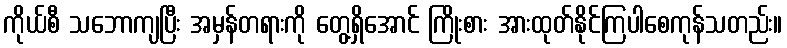
ကိုယ်စီ သဘောကျပြီး အမှန်တရားကို တွေ့ရှိအောင် ကြိုးစား အားထုတ်နိုင်ကြပါစေကုန်သတည်း။